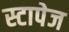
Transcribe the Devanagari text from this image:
स्टापेज